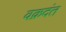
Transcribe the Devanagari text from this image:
वक्रदंत